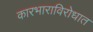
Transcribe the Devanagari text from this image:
कारभाराविरोधात